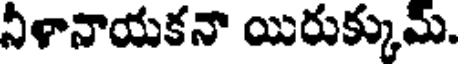
నీళానాయకనా యిరుక్కుమ్.